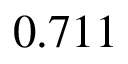
0 . 7 1 1